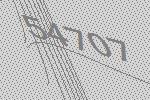
54707